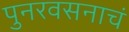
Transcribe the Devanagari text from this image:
पुनरवसनाचं